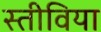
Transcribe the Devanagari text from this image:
स्तीविया